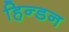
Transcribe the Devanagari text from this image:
हिन्‍डन